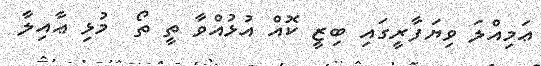
ޢަމިއްލަ ވިޔަފާރީގައި ބިޒީ ކޮއް އުޅުއްވާ ތީ ތޯ  މުޅި ޢާއިލާ